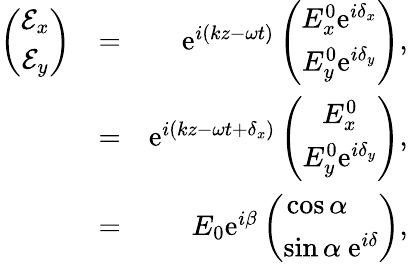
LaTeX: \begin{array}{rlr}{\left(\begin{array}{c}{\mathcal{E}_{x}}\\ {\mathcal{E}_{y}}\end{array}\right)}&{=}&{\mathrm{e}^{i(kz-\omega t)}\left(\begin{array}{c}{{E}_{x}^{0}\mathrm{e}^{i\delta_{x}}}\\ {{E}_{y}^{0}\mathrm{e}^{i\delta_{y}}}\end{array}\right),}\\ &{=}&{\mathrm{e}^{i(kz-\omega t+\delta_{x})}\left(\begin{array}{c}{{E}_{x}^{0}}\\ {{E}_{y}^{0}\mathrm{e}^{i\delta_{y}}}\end{array}\right),}\\ &{=}&{E_{0}\mathrm{e}^{i\beta}\left(\begin{array}{c}{\cos\alpha\ \ \ \ }\\ {\sin\alpha\ \mathrm{e}^{i\delta}}\end{array}\right),}\end{array}